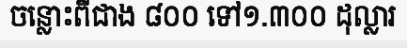
ចន្លោះពីជាង ៨០០ ទៅ១.៣០០ ដុល្លារ